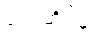
လေဆိပ်နှင့်